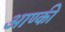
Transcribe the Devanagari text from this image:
आण्की